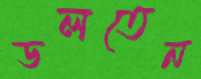
ডলতেন